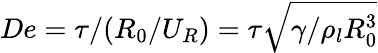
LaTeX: De=\tau/(R_{0}/U_{R})=\tau\sqrt{\gamma/\rho_{l}R_{0}^{3}}